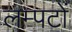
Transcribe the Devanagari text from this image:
लम्पटों